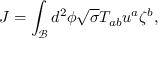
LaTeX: J = \int _ { \mathcal { B } } d ^ { 2 } \phi \sqrt { \sigma } T _ { a b } u ^ { a } \zeta ^ { b } ,